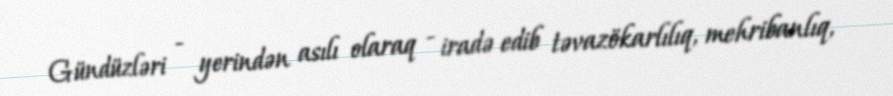
Gündüzləri - yerindən asılı olaraq - iradə edib təvazökarlılıq, mehribanlıq,